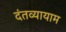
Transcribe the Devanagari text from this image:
दंतव्यायाम